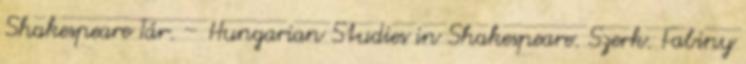
Shakespeare Tár. – Hungarian Studies in Shakespeare. Szerk. Fabiny